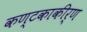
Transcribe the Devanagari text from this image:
कण्टकाकीर्ण